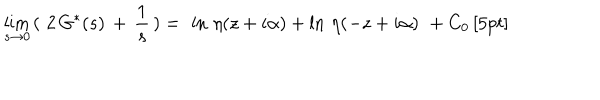
\lim _ { s \rightarrow 0 } \, ( \, \, 2 \, G ^ { * } ( s ) \, + \, \frac { 1 } { s } \, ) = \, \, \ln \, \eta ( z + i \alpha ) + \ln \, \eta ( - z + i \alpha ) \, \, + C _ { 0 } \, [ 5 p t ]